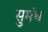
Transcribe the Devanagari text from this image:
सुमंथ